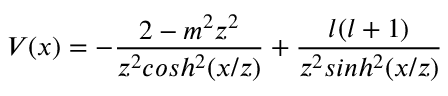
V ( x ) = - \frac { 2 - m ^ { 2 } z ^ { 2 } } { z ^ { 2 } c o s h ^ { 2 } ( x / z ) } + \frac { l ( l + 1 ) } { z ^ { 2 } s i n h ^ { 2 } ( x / z ) }